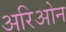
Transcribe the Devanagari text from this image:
अरिओन